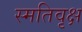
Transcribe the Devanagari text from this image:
स्मतिवृक्ष